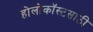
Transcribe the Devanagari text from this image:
होलोकॉस्टसाठी